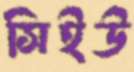
সিইউ